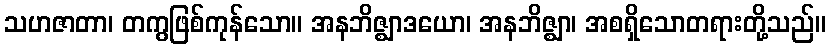
သဟဇာတာ၊ တကွဖြစ်ကုန်သော။ အနဘိဇ္ဈာဒယော၊ အနဘိဇ္ဈာ၊ အစရှိသောတရားတို့သည်။